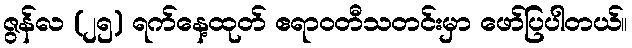
ဇွန်လ (၂၅) ရက်နေ့ထုတ် ဧရာဝတီသတင်းမှာ ဖော်ပြပါတယ်။